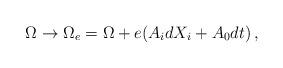
LaTeX: \begin{align*} \Omega \to \Omega_e = \Omega + e(A_i dX_i +A_0 dt)\, ,\end{align*}